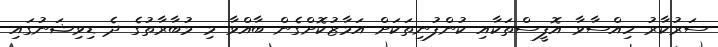
ސަރުކާރު ހިއްސާވާ އޮފީސްތަކާއި ކުންފުނިތަކަށް އަމާޒުކޮށްގެން ބާއްވާ މި މުބާރާތުގެ ދެ ޑިވިޝަނުގައި